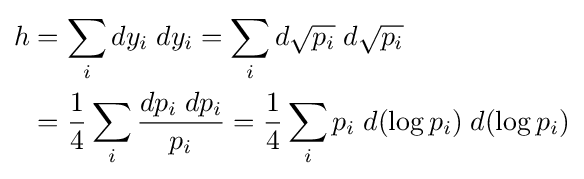
{\begin{aligned}h&=\sum _{i}dy_{i}\;dy_{i}=\sum _{i}d{\sqrt {p_{i}}}\;d{\sqrt {p_{i}}}\\&={\frac {1}{4}}\sum _{i}{\frac {dp_{i}\;dp_{i}}{p_{i}}}={\frac {1}{4}}\sum _{i}p_{i}\;d(\log p_{i})\;d(\log p_{i})\end{aligned}}